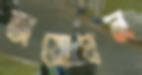
অয়োঘন